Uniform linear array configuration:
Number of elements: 64
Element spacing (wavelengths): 1
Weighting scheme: blackman
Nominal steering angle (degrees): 30
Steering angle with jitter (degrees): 28.43
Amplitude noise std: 0.05
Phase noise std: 0.05

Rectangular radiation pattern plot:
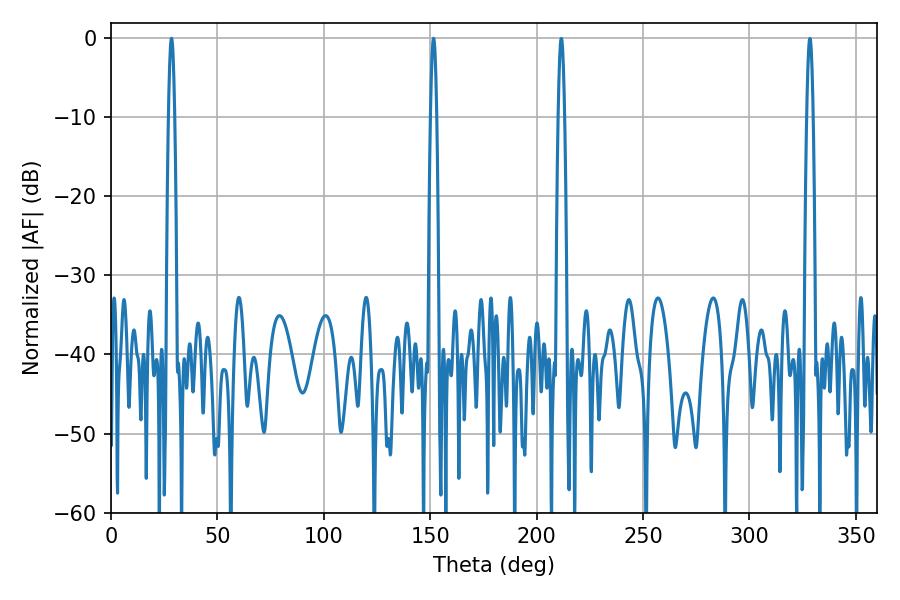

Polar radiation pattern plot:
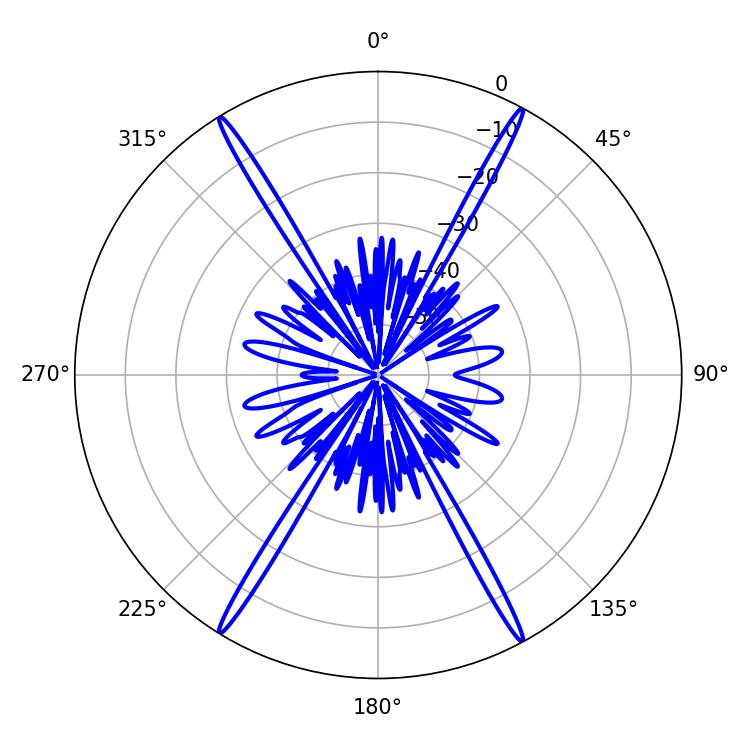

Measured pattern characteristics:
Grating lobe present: TRUE
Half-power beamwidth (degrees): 1.44
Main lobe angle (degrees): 28.44